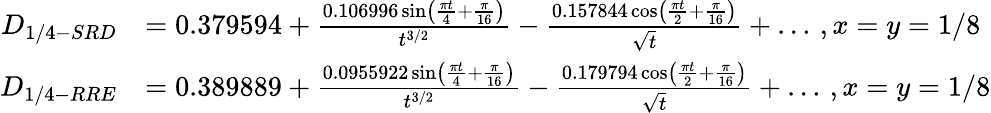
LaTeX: \begin{array}{rl}{D_{1/4-SRD}}&{=0.379594+\frac{0.106996\sin\left(\frac{\pi t}{4}+\frac{\pi}{16}\right)}{t^{3/2}}-\frac{0.157844\cos\left(\frac{\pi t}{2}+\frac{\pi}{16}\right)}{\sqrt{t}}+\dots\, ,x=y=1/8}\\ {D_{1/4-RRE}}&{=0.389889+\frac{0.0955922\sin\left(\frac{\pi t}{4}+\frac{\pi}{16}\right)}{t^{3/2}}-\frac{0.179794\cos\left(\frac{\pi t}{2}+\frac{\pi}{16}\right)}{\sqrt{t}}+\dots\, ,x=y=1/8}\end{array}